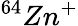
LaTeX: ^{64}Zn^{+}